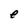
Character: e